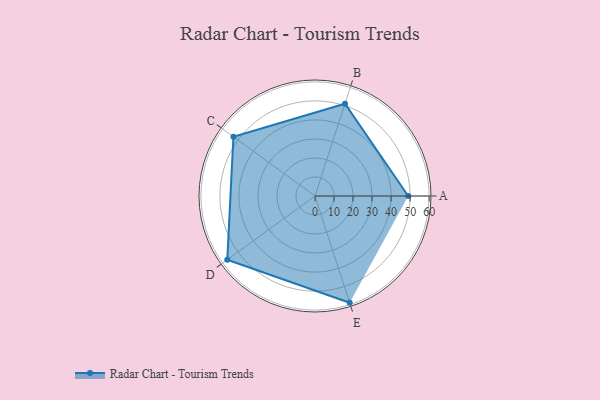
{"axis": {"x": "Skill", "y": "Score"}, "legend": ["Profile"], "data": [{"x": "A", "y": 49.0, "type": "Profile"}, {"x": "B", "y": 51.0, "type": "Profile"}, {"x": "C", "y": 53.0, "type": "Profile"}, {"x": "D", "y": 57.0, "type": "Profile"}, {"x": "E", "y": 59.0, "type": "Profile"}]}